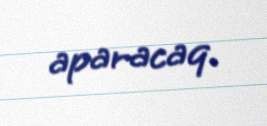
aparacaq.